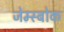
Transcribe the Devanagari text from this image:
जेम्स्बोक